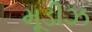
મૂડીઝ